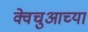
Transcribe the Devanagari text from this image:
क्वेचुआच्या